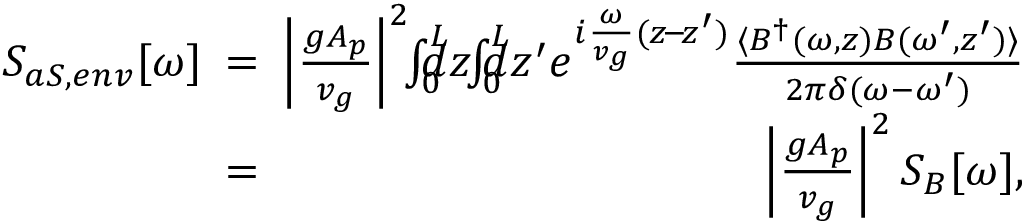
\begin{array} { r l r } { S _ { a S , e n v } [ \omega ] \! \! \! } & { = } & { \! \! \! \left| \frac { g A _ { p } } { v _ { g } } \right| ^ { 2 } \! \! \int _ { 0 } ^ { L } \! \! \! \! \! d z \! \! \int _ { 0 } ^ { L } \! \! \! \! \! d z ^ { \prime } e ^ { i \frac { \omega } { v _ { g } } ( z \! - \! z ^ { \prime } ) } \frac { \langle { B } ^ { \dag } ( \omega , z ) { B } ( \omega ^ { \prime } , z ^ { \prime } ) \rangle } { 2 \pi \delta ( \omega - \omega ^ { \prime } ) } } \\ & { = } & { \! \! \! \left| \frac { g A _ { p } } { v _ { g } } \right| ^ { 2 } S _ { B } [ \omega ] , } \end{array}